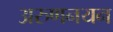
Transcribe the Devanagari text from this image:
अरुणनयन